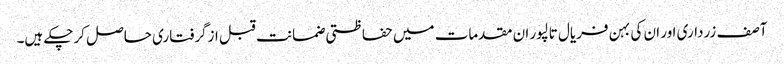
آصف زرداری اور ان کی بہن فریال تالپور ان مقدمات میں حفاظتی ضمانت قبل ازگرفتاری حاصل کرچکے ہیں۔